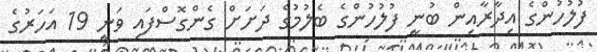
ފުލުހުންގެ އިދާރާއިން ބުނީ ފުލުހުންގެ ބެލުމުގެ ދަށަށް ގެންގޮސްފައި ވަނީ 19 އަހަރުގެ